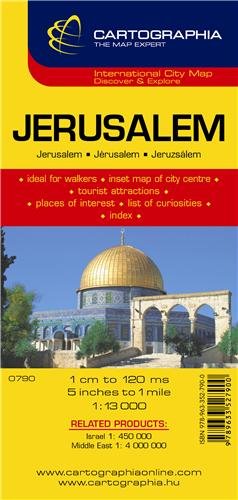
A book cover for Jerusalem (Cartographia City Map); Cartographia; Travel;